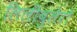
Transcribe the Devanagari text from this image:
लिलीबुलेरो